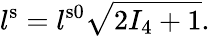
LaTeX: l^{\mathrm{s}}=l^{\mathrm{s0}}\sqrt{2I_{4}+1}.